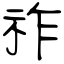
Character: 祚